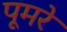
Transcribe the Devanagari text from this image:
पूमरे